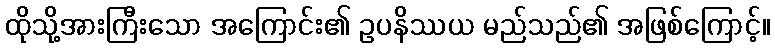
ထိုသို့အားကြီးသော အကြောင်း၏ ဥပနိဿယ မည်သည်၏ အဖြစ်ကြောင့်။